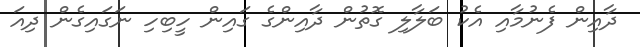
ދާއިން ފެނުމާއި އެކު ބަލާލި ގޮތުން ދާއިންގެ ގައިން ހީބިހި ނަގައިގެން ދިއަ